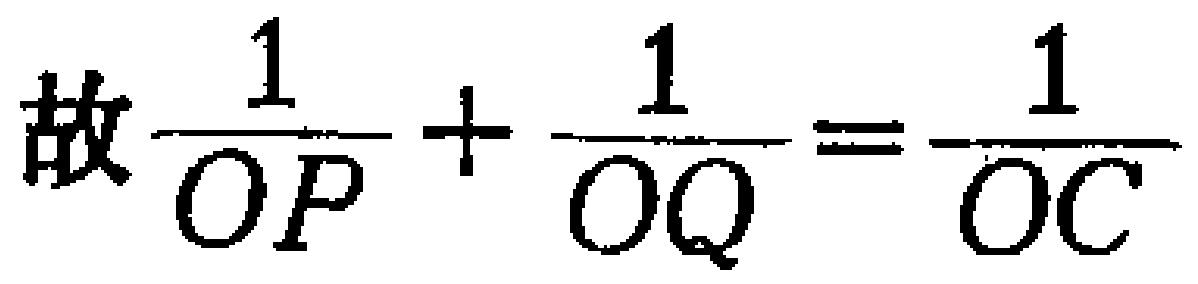
故\frac{1}{OP}+\frac{1}{OQ}=\frac{1}{OC}